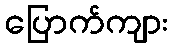
ပြောက်ကျား